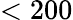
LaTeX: <200